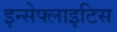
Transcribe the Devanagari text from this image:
इन्सेफ्लाइटिस